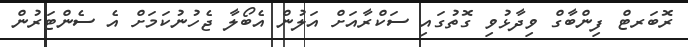
ރޮބަރޓް ފިންބާގް ވިދާޅުވި ގޮތުގައި ސަކްރާއަށް އަލުން އެބޯލާ ޖެހުނުކަމަށް އެ ސެންޓަރުން